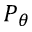
P _ { \theta }